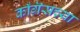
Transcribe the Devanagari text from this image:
काँग्रॆसच्या